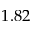
1 . 8 2